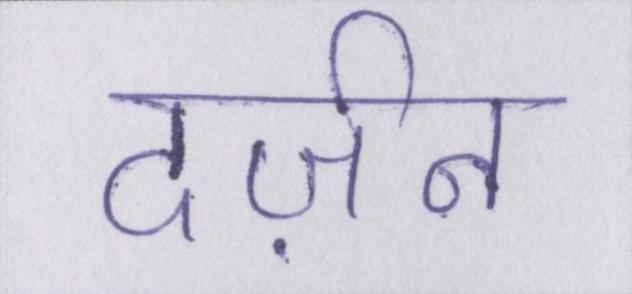
दर्ज़न